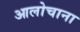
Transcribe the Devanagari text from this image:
आलोचाना